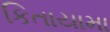
કિતાયામા